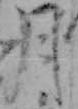
月